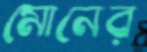
মোনের